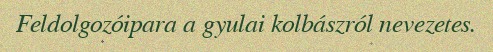
Feldolgozóipara a gyulai kolbászról nevezetes.